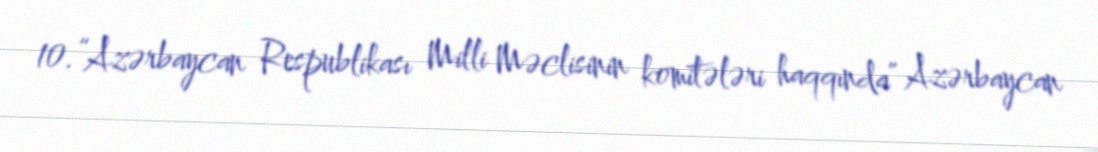
10.“Azərbaycan Respublikası Milli Məclisinin komitələri haqqında” Azərbaycan